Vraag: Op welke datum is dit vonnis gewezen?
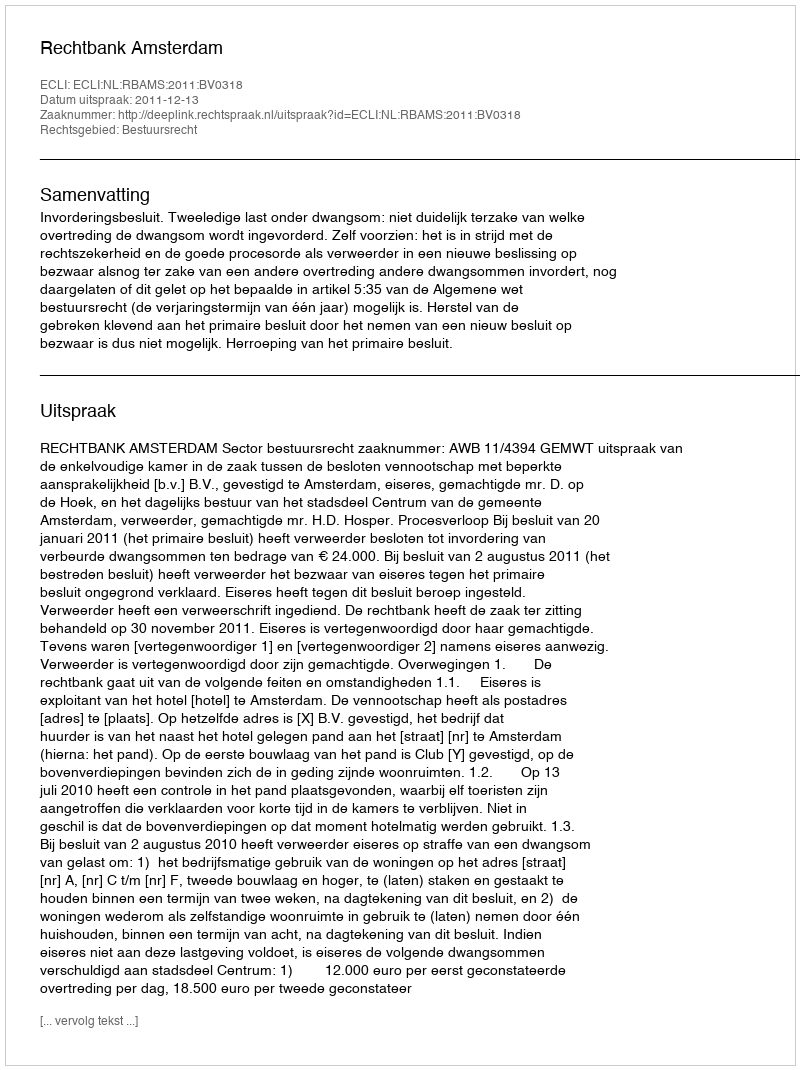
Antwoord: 2011-12-13